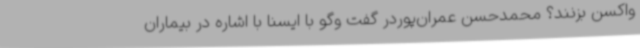
واکسن بزنند؟ محمدحسن عمران‌پوردر گفت ‌وگو با ایسنا با اشاره در بیماران